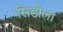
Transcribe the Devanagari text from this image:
सिंडोला